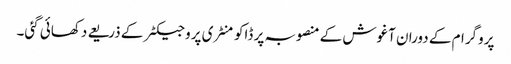
پروگرام کے دوران آغوش کے منصوبہ پر ڈاکومنٹری پروجیکٹر کے ذریعے دکھائی گئی۔